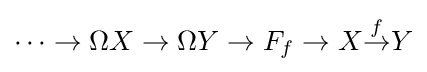
\cdots \to \Omega X\to \Omega Y\to F_{f}\to X{\overset {f}{\to }}Y